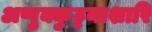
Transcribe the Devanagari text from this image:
अप्पुक्कुट्टनाशारि